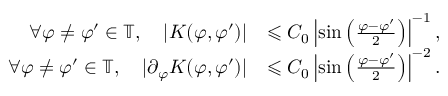
\begin{array} { r l } { \forall \varphi \neq \varphi ^ { \prime } \in \mathbb { T } , \quad | K ( \varphi , \varphi ^ { \prime } ) | } & { \leqslant C _ { 0 } \left| \sin \left( \frac { \varphi - \varphi ^ { \prime } } { 2 } \right) \right| ^ { - 1 } , } \\ { \forall \varphi \neq \varphi ^ { \prime } \in \mathbb { T } , \quad | \partial _ { \varphi } K ( \varphi , \varphi ^ { \prime } ) | } & { \leqslant C _ { 0 } \left| \sin \left( \frac { \varphi - \varphi ^ { \prime } } { 2 } \right) \right| ^ { - 2 } . } \end{array}